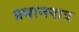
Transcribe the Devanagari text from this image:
प्रधानपात्र